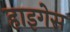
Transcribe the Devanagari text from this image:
हाइगेस